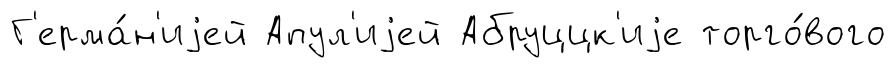
Г'ерма́н'иjей Апул'иjей Абруццк'иjе торго́вого